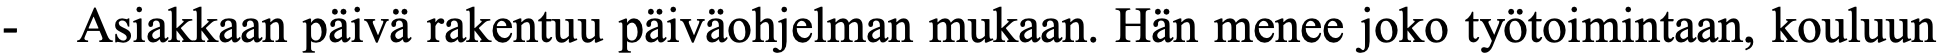
-  Asiakkaan päivä rakentuu päiväohjelman mukaan. Hän menee joko työtoimintaan, kouluun